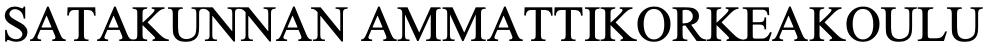
SATAKUNNAN  AMMATTIKORKEAKOULU